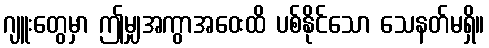
ဂျူးတွေမှာ ဤမျှအကွာအဝေးထိ ပစ်နိုင်သော သေနတ်မရှိ။